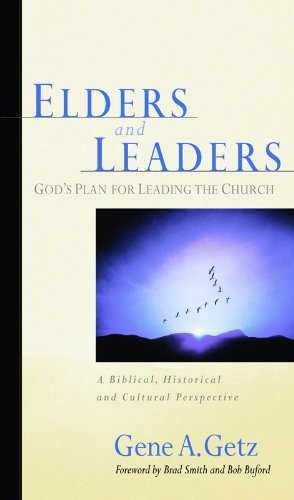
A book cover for Elders and Leaders; Gene A. Getz; Christian Books & Bibles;